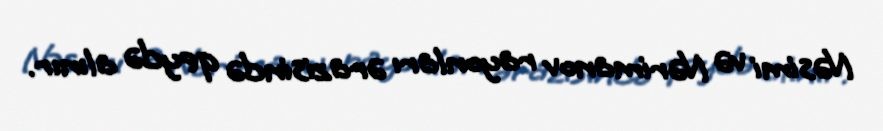
Nəsimi və Nərimanov rayonları ərazisində qeydə alınır.